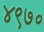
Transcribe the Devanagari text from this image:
४९७०